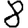
Digit: 8